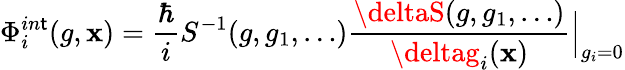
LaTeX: \Phi_{i}^{in\mathsf{t}}(g,\mathbf{x})={\frac{{\hbar}}{{i}}}S^{-1}(g,g_{1},\ldots)\frac{{\deltaS(g,g_{1},\ldots)}}{{\deltag_{i}(\mathbf{x})}}\Big|_{g_{i}=0}